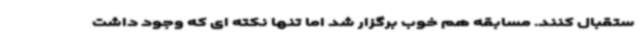
ستقبال کنند. مسابقه هم خوب برگزار شد اما تنها نکته ای که وجود داشت